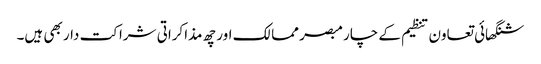
شنگھائی تعاون تنظیم کے چار مبصر ممالک اور چھ مذاکراتی شراکت دار بھی ہیں۔